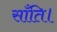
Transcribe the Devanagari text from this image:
साँति।